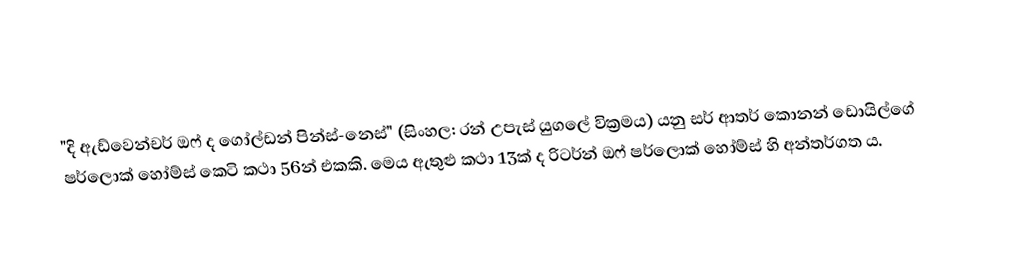
"දි ඇඩ්වෙන්චර් ඔෆ් ද ගෝල්ඩන් පින්ස්-නෙස්" (සිංහල: රන් උපැස් යුගලේ වික්‍රමය) ‍යනු සර් ආතර් කොනන් ඩොයිල්ගේ ෂර්ලොක් හෝම්ස් කෙටි කථා 56න් එකකි. මෙය ඇතුළු කථා 13ක් ද රිටර්න් ඔෆ් ෂර්ලොක් හෝම්ස් හි අන්තර්ගත ය.